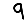
Digit: 9